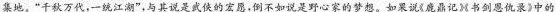
集地。”千秋万代，一统江湖”，与其说是武侠的宏愿。倒不如说是野心家的梦想。如果说《鹿鼎记书剑恩仇录》中的